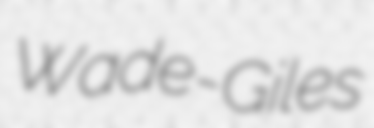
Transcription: Wade-Giles